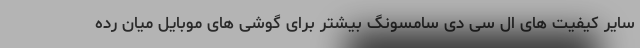
سایر کیفیت های ال سی دی سامسونگ بیشتر برای گوشی های موبایل میان رده